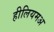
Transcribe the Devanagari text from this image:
हीलियमअ